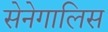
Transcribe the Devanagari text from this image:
सेनेगालिस